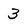
Character: 3